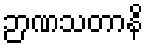
ဉာဏသတာနိ